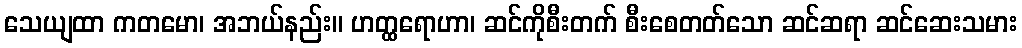
သေယျထာ ကတမော၊ အဘယ်နည်း။ ဟတ္ထရောဟာ၊ ဆင်ကိုစီးတက် စီးစေတတ်သော ဆင်ဆရာ ဆင်ဆေးသမား